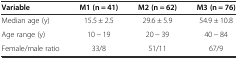
<table><thead><tr><td><b>Variable</b></td><td><b>M1 (n = 41)</b></td><td><b>M2 (n = 62)</b></td><td><b>M3 (n = 76)</b></td></tr></thead><tbody><tr><td>Median age (y)</td><td>15.5 ± 2.5</td><td>29.6 ± 5.9</td><td>54.9 ± 10.8</td></tr><tr><td>Age range (y)</td><td>10 - 19</td><td>20 - 39</td><td>40 - 84</td></tr><tr><td>Female/male ratio</td><td>33/8</td><td>51/11</td><td>67/9</td></tr></tbody></table>